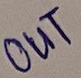
Text: OUT